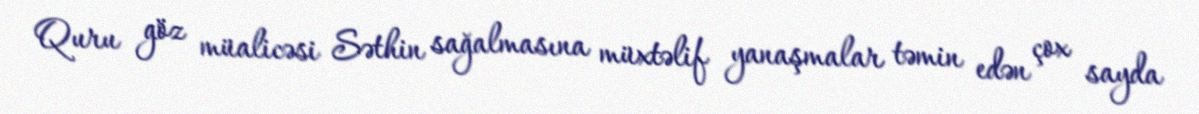
Quru göz müalicəsi Səthin sağalmasına müxtəlif yanaşmalar təmin edən çox sayda